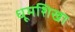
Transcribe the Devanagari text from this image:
धूमशिखा